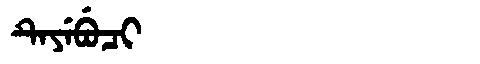
Manchu: ᡨᡝᠶᡝᠪᡠᠴᡳ
Romanization: TEYEBUCI